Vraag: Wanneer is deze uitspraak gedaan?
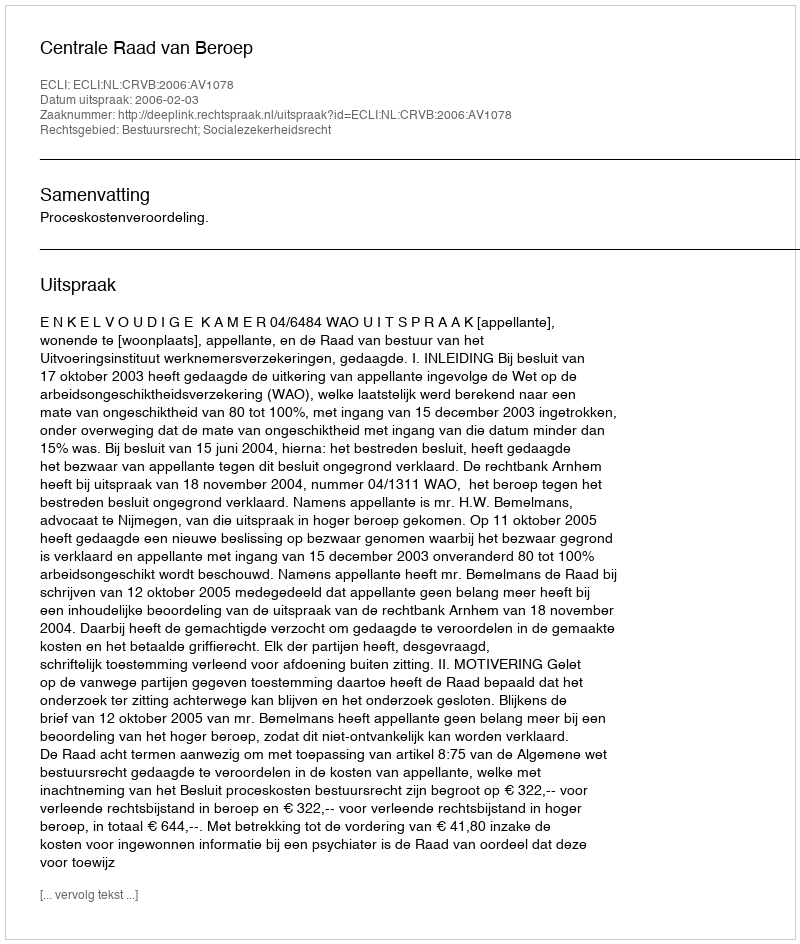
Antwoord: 2006-02-03